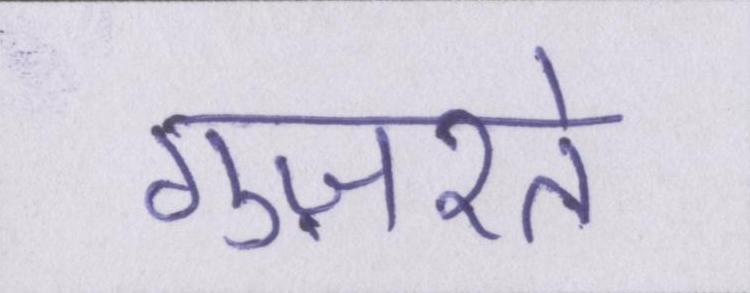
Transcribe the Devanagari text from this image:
गुज़रते